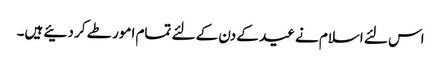
اس لئے اسلام نے عید کے دن کے لئے تمام امور طے کر دئیے ہیں۔